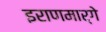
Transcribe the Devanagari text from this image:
इराणमार्गे